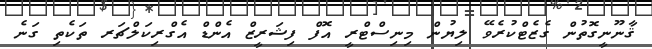
ޤާނޫނީގޮތުން ގެޒެޓްކުރެވޭ ލިޔުން މިނިސްޓްރީ އޮފް ފިޝަރީޒް އެންޑް އެގްރިކަލްޗަރ ތަކެތި ގަނެ